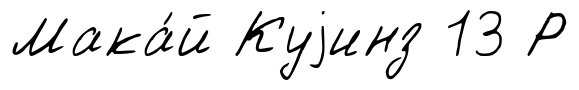
Мака́й Куjинз 13 Р